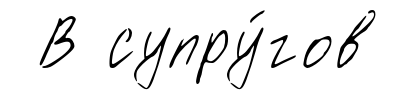
В супру́гов